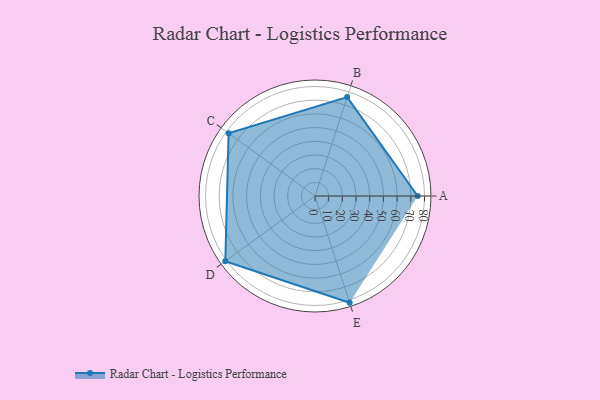
{"axis": {"x": "Skill", "y": "Score"}, "legend": ["Profile"], "data": [{"x": "A", "y": 75.0, "type": "Profile"}, {"x": "B", "y": 76.0, "type": "Profile"}, {"x": "C", "y": 78.0, "type": "Profile"}, {"x": "D", "y": 81.0, "type": "Profile"}, {"x": "E", "y": 82.0, "type": "Profile"}]}